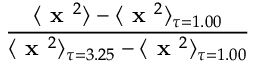
\frac { \langle \textbf { x } ^ { 2 } \rangle - \langle \textbf { x } ^ { 2 } \rangle _ { \tau = 1 . 0 0 } } { \langle \textbf { x } ^ { 2 } \rangle _ { \tau = 3 . 2 5 } - \langle \textbf { x } ^ { 2 } \rangle _ { \tau = 1 . 0 0 } }